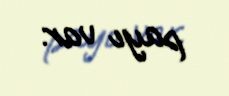
payı var.